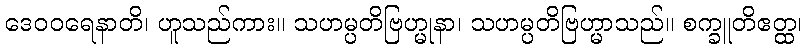
ဒေဝဝရေနာတိ၊ ဟူသည်ကား။ သဟမ္ပတိဗြဟ္မုနာ၊ သဟမ္ပတိဗြဟ္မာသည်။ စက္ခူတိဧတ္ထ၊